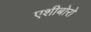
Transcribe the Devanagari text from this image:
एशीबोरो